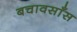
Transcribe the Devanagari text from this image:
बचावसाँस